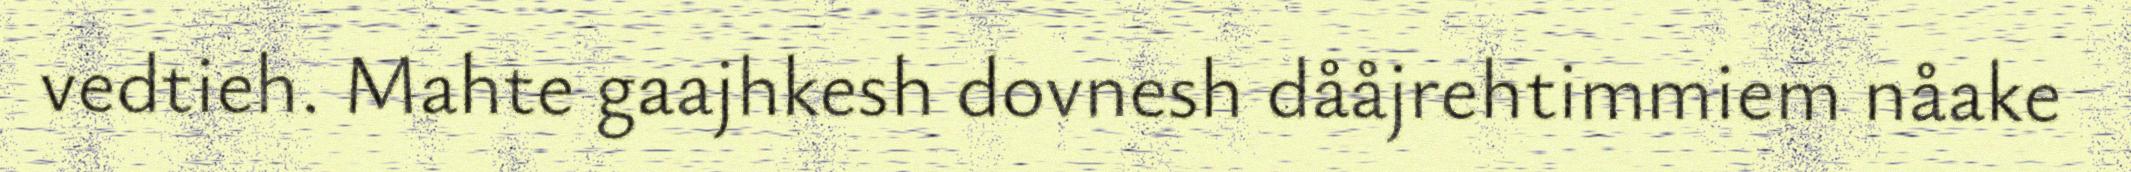
vedtieh. Mahte gaajhkesh dovnesh dååjrehtimmiem nåake